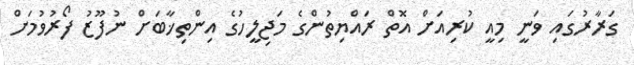
ގަރާރުގައި ވަނީ މިއީ ކުރިއަށް އޮތް ރައްޔިތުންގެ މަޖިލީހުގެ އިންތިޚާބަށް ނުފޫޒު ފޯރުވުމަށް